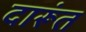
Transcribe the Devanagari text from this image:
दारूंत